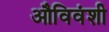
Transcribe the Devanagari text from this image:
औविवंशी